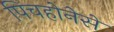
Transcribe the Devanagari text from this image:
पिचहोनेसे